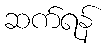
ဆက်ရန်